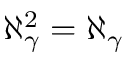
\aleph _ { \gamma } ^ { 2 } = \aleph _ { \gamma }